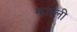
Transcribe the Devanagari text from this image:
झारली